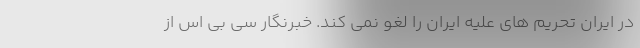
در ایران تحریم های علیه ایران را لغو نمی کند. خبرنگار سی بی اس از